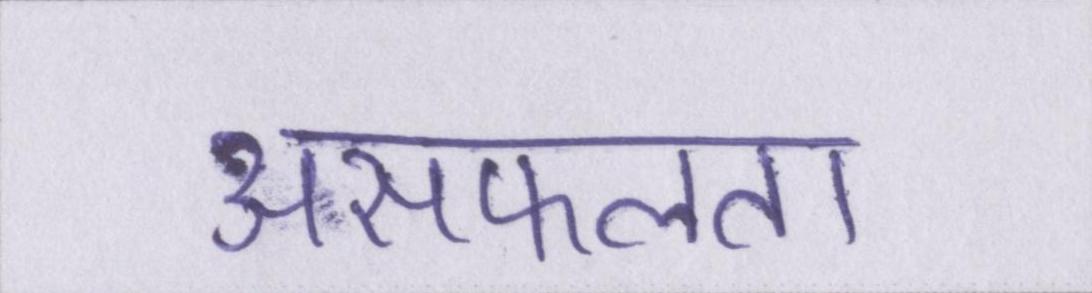
असफलता